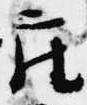
座